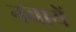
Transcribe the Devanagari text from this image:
नचायें